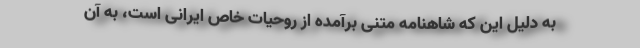
به دلیل این که شاهنامه متنی برآمده از روحیات خاص ایرانی است، به آن